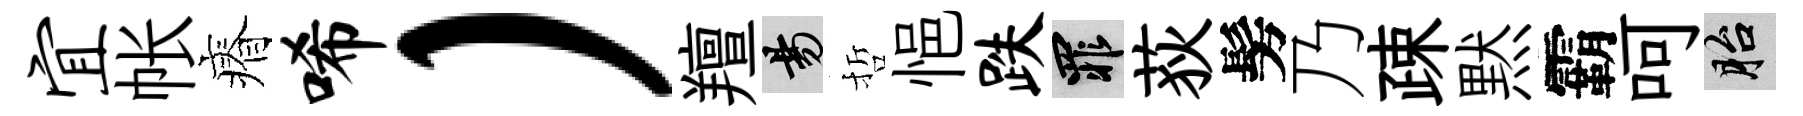
宜帐瘠唏）羶昜哲悒跌罪荻髣乃疎黙霸呵胎